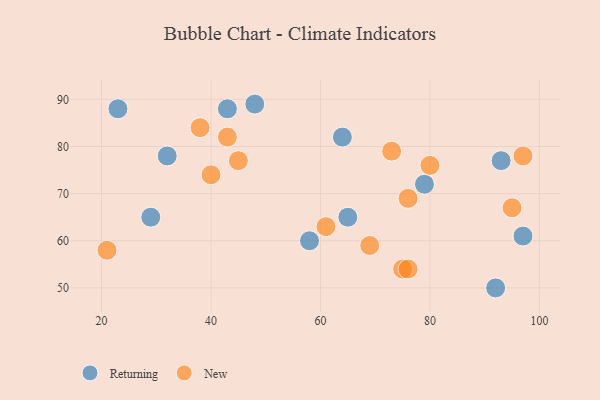
{"axis": {"x": "GDP", "y": "Life Expectancy"}, "legend": ["New", "Returning"], "data": [{"x": "43", "y": 88, "type": "Returning"}, {"x": "58", "y": 60, "type": "Returning"}, {"x": "23", "y": 88, "type": "Returning"}, {"x": "92", "y": 50, "type": "Returning"}, {"x": "97", "y": 61, "type": "Returning"}, {"x": "48", "y": 89, "type": "Returning"}, {"x": "79", "y": 72, "type": "Returning"}, {"x": "93", "y": 77, "type": "Returning"}, {"x": "64", "y": 82, "type": "Returning"}, {"x": "32", "y": 78, "type": "Returning"}, {"x": "29", "y": 65, "type": "Returning"}, {"x": "65", "y": 65, "type": "Returning"}, {"x": "61", "y": 63, "type": "New"}, {"x": "75", "y": 54, "type": "New"}, {"x": "76", "y": 69, "type": "New"}, {"x": "80", "y": 76, "type": "New"}, {"x": "43", "y": 82, "type": "New"}, {"x": "95", "y": 67, "type": "New"}, {"x": "45", "y": 77, "type": "New"}, {"x": "69", "y": 59, "type": "New"}, {"x": "21", "y": 58, "type": "New"}, {"x": "73", "y": 79, "type": "New"}, {"x": "76", "y": 54, "type": "New"}, {"x": "38", "y": 84, "type": "New"}, {"x": "97", "y": 78, "type": "New"}, {"x": "40", "y": 74, "type": "New"}]}